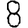
Digit: 8